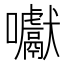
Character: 囐